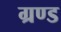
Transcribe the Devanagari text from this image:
ग्रण्ड